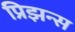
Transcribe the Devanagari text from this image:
प्रिझन्स